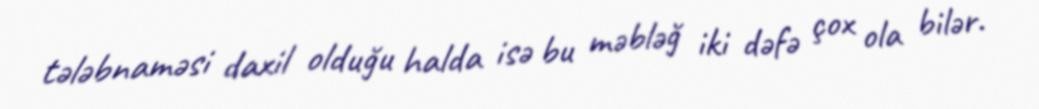
tələbnaməsi daxil olduğu halda isə bu məbləğ iki dəfə çox ola bilər.